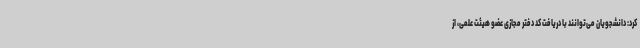
کرد: دانشجویان می‌توانند با دریافت کد دفتر مجازی عضو هیئت علمی، از